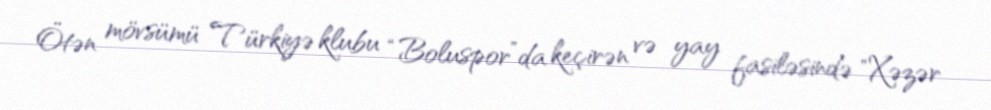
Ötən mövsümü Türkiyə klubu “Boluspor”da keçirən və yay fasiləsində "Xəzər